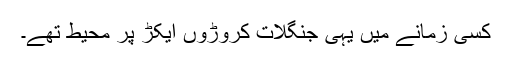
کسی زمانے میں یہی جنگلات کروڑوں ایکڑ پر محیط تھے۔